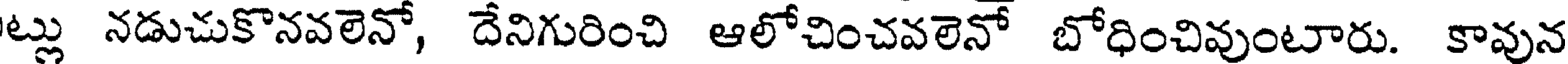
ట్లు నడుచుకొనవలెనో, దేనిగురించి ఆలోచించవలెనో బోధించివుంటారు. కావున